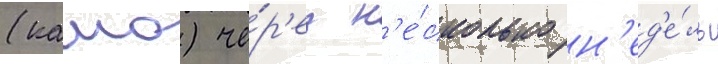
(камо) че́р'ез н'е́сколько н'ед'е́ль